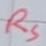
Text: RS